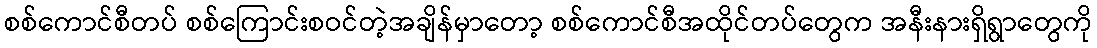
စစ်ကောင်စီတပ် စစ်ကြောင်းစဝင်တဲ့အချိန်မှာတော့ စစ်ကောင်စီအထိုင်တပ်တွေက အနီးနားရှိရွာတွေကို